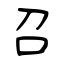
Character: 召